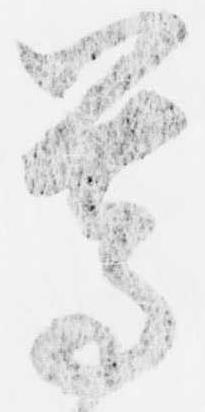
尊